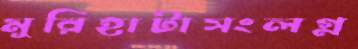
মুরিহাটাসংলগ্ন